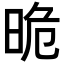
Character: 𣆡